38_143685_box_Incident_Summaries_101-172
Agency: Department of War
Page 49
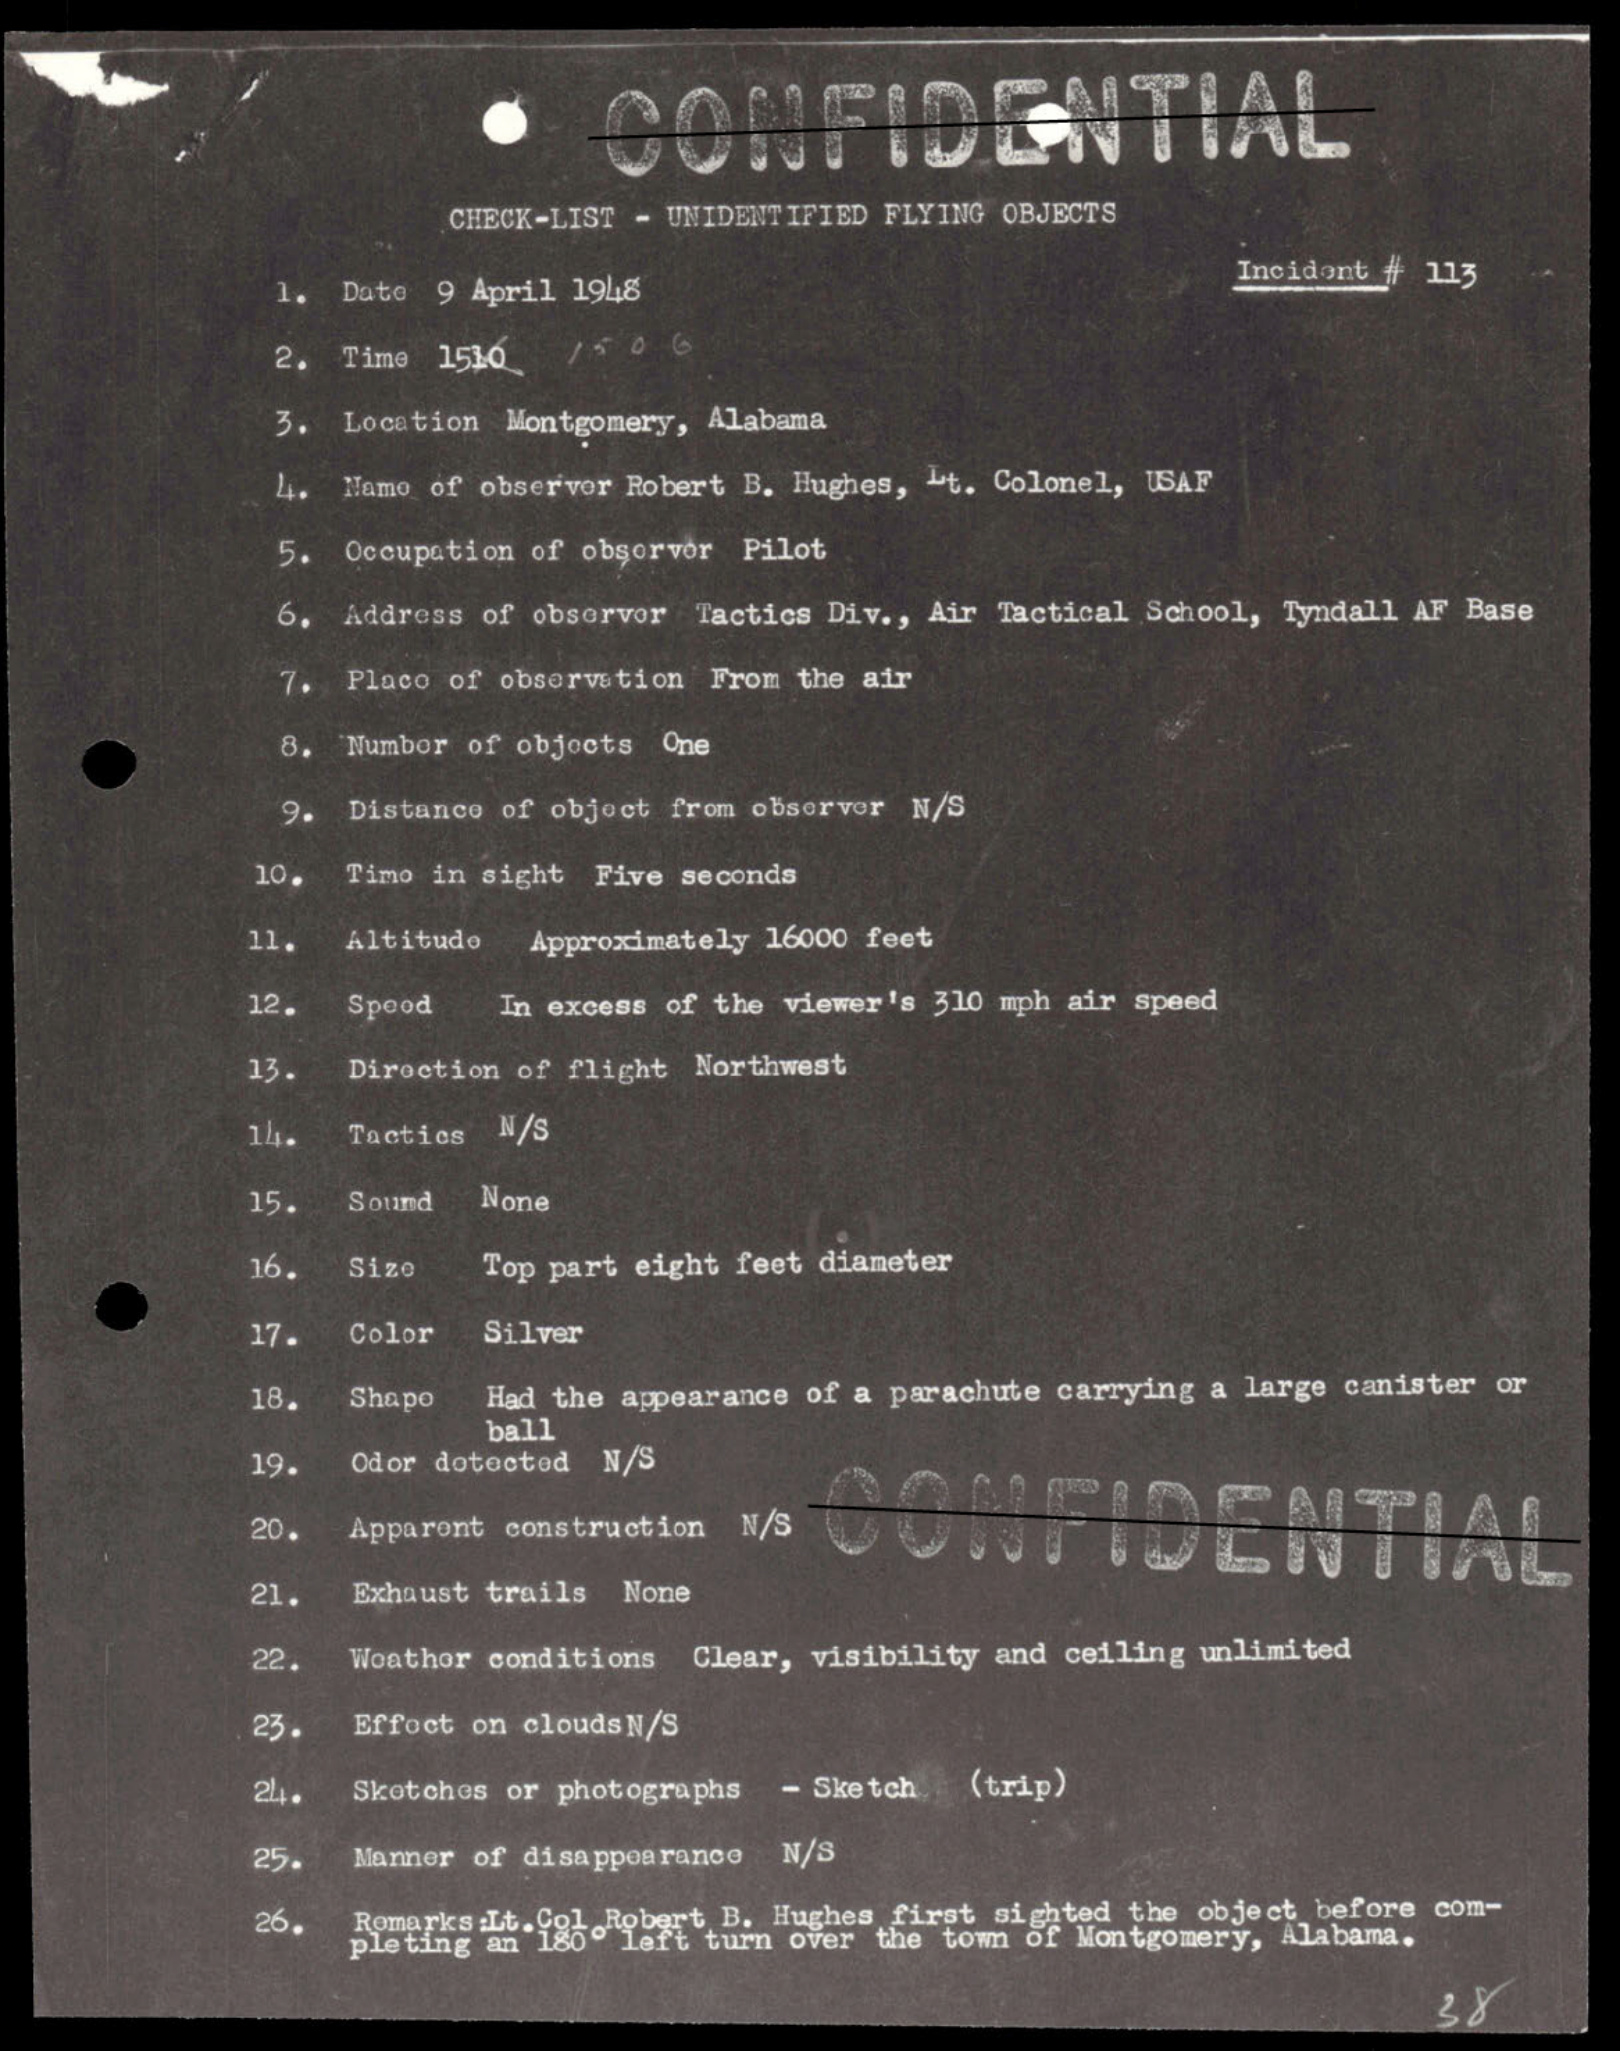